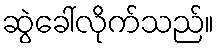
ဆွဲခေါ်လိုက်သည်။